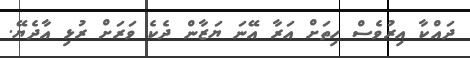
ދައްކާ އިރުވެސް ހިތަށް އަރާ އޭނަ ޔަޒާން ދެކެ ވަރަށް ރުޅި އާދެޔޭ.